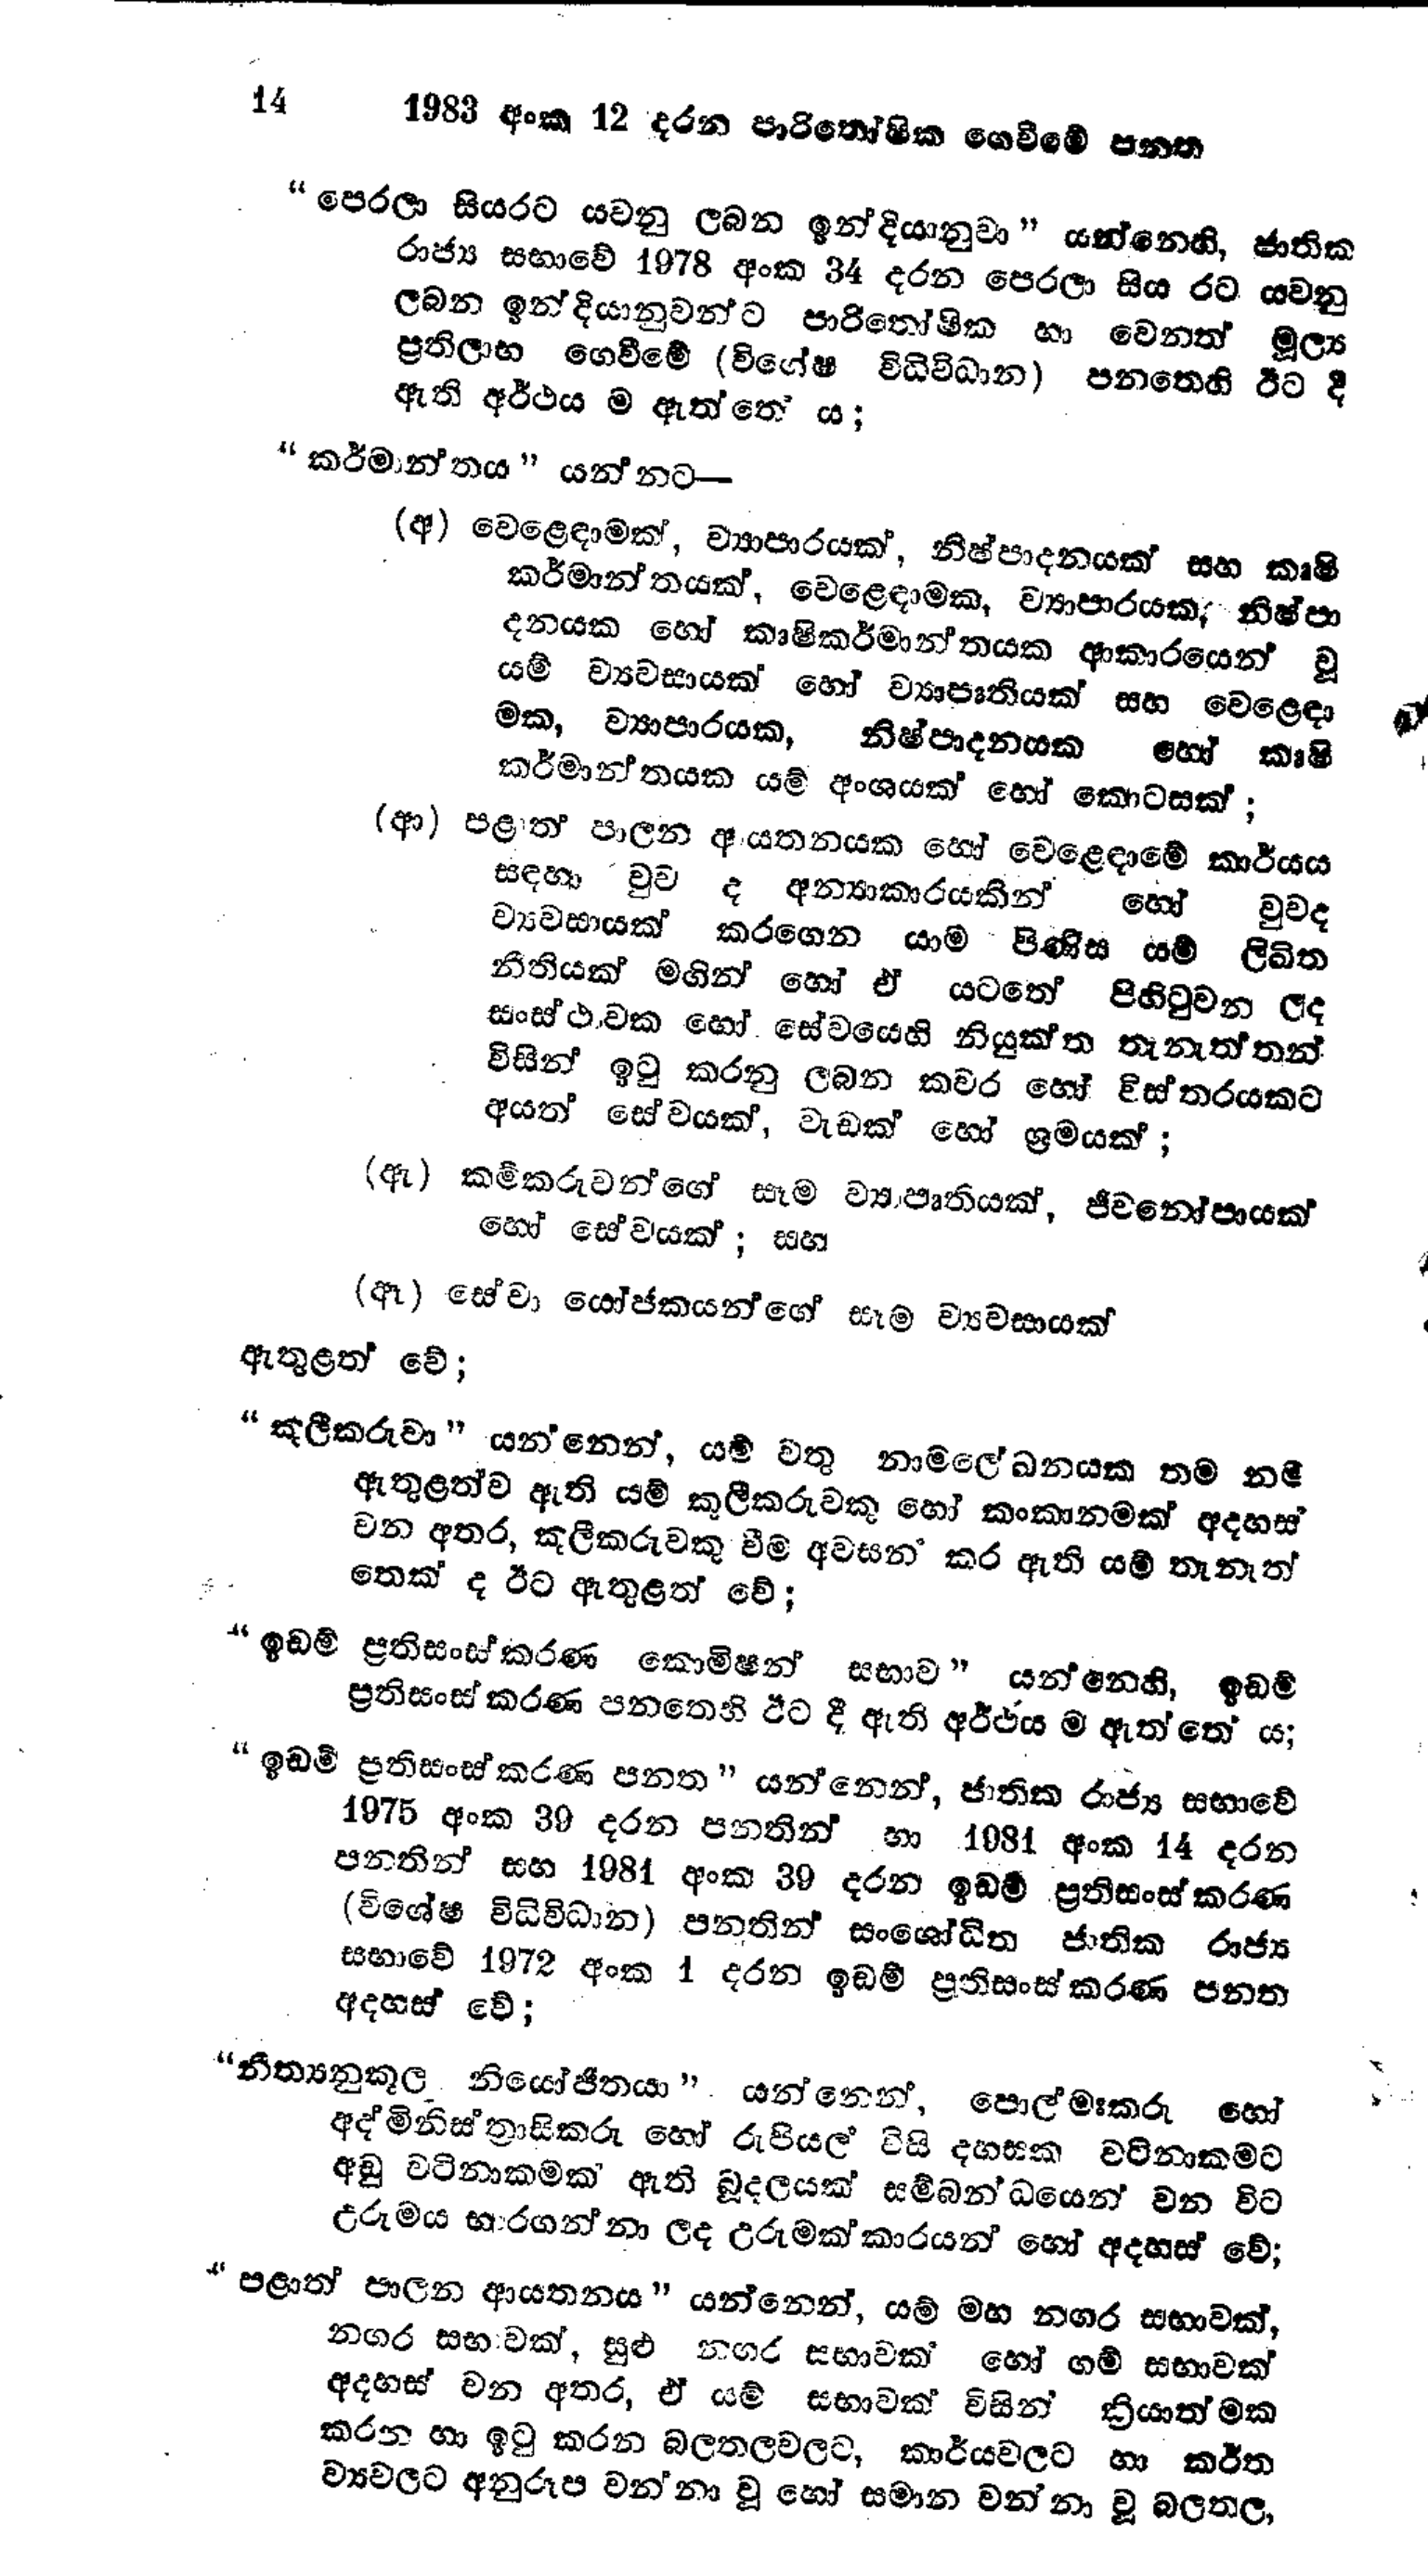
14 1983 අංක 12 දරන පාරිතෝෂික ගෙවීමේ පනත

"පෙරලා සියරට යවනු ලබන ඉන්දියානුවා" යන්නෙහි, ජාතික
රාජ්‍ය සභාවේ 1978 අංක 34 දරන පෙරලා සිය රට යවනු
ලබන ඉන්දියානුවන්ට පාරිතෝෂික හා වෙනත් මූල්‍ය
ප්‍රතිලාභ ගෙවීමේ (විශේෂ විධිවිධාන) පනතෙහි ඊට දී
ඇති අර්ථය ම ඇත්තේ ය;

"කර්මාන්තය" යන්නට-

(අ) වෙළෙඳාමක්, ව්‍යාපාරයක්, නිෂ්පාදනයක් සහ කෘෂි
කර්මාන්තයක්, වෙළෙඳාමක, ව්‍යාපාරයක, නිෂ්පා
දනයක හෝ කෘෂිකර්මාන්තයක ආකාරයෙන් වූ
යම් ව්‍යවසායක් හෝ ව්‍යාපෘතියක් සහ වෙළෙඳා
මක, ව්‍යාපාරයක, නිෂ්පාදනයක හෝ කෘෂි
කර්මාන්තයක යම් අංශයක් හෝ කොටසක් ;

(ආ) පළාත් පාලන ආයතනයක හෝ වෙළෙඳාමේ කාර්යය
සඳහා වුව ද අන්‍යාකාරයකින් හෝ වුවද
ව්‍යවසායක් කරගෙන යාම පිණිස යම් ලිඛිත
නීතියක් මගින් හෝ ඒ යටතේ පිහිටුවන ලද
සංස්ථාවක හෝ සේවයෙහි නියුක්ත තැනැත්තන්
විසින් ඉටු කරනු ලබන කවර හෝ විස්තරයකට
අයත් සේවයක්, වැඩක් හෝ ශ්‍රමයක් ;

(ඇ) කම්කරුවන්ගේ සෑම ව්‍යාපෘතියක්, ජීවනෝපායක්
හෝ සේවයක්; සහ

(ඈ) සේවා යෝජකයන්ගේ සෑම ව්‍යවසායක්
ඇතුළත් වේ;

"කුලීකරුවා " යන්නෙන්, යම් වතු නාමලේඛනයක තම නම
ඇතුළත්ව ඇති යම් කුලීකරුවකු හෝ කංකානමක් අදහස්
වන අතර, කුලීකරුවකු වීම අවසන් කර ඇති යම් තැනැත්
තෙක් ද ඊට ඇතුළත් වේ;

"ඉඩම් ප්‍රතිසංස්කරණ කොමිෂන් සභාව ” යන්නෙහි, ඉඩම්
ප්‍රතිසංස්කරණ පනතෙහි ඊට දී ඇති අර්ථය ම ඇත්තේ ය;

"ඉඩම් ප්‍රතිසංස්කරණ පනත " යන්නෙන්, ජාතික රාජ්‍ය සභාවේ
1975 අංක 39 දරන පනතින් හා 1981 අංක 14 දරන
පනතින් සහ 1981 අංක 39 දරන ඉඩම් ප්‍රතිසංස්කරණ
(විශේෂ විධිවිධාන) පනතින් සංශෝධිත ජාතික රාජ්‍ය
සභාවේ 1972 අංක 1 දරන ඉඩම් ප්‍රතිසංස්කරණ පනත
අදහස් වේ;

" නීත්‍යනුකූල නියෝජිතයා "යන්නෙන්, පොල්මඃකරු හෝ
අද් මිනිස්ත්‍රාසිකරු හෝ රුපියල් විසි දහසක වටිනාකමට
අඩු වටිනාකමක් ඇති බූදලයක් සම්බන්ධයෙන් වන විට
උරුමය භාරගන්නා ලද උරුමක්කාරයන් හෝ අදහස් වේ;

"පළාත් පාලන ආයතනය " යන්නෙන්, යම් මහ නගර සභාවක්,
නගර සභාවක්, සුළු නගර සභාවක හෝ ගම් සභාවක්
අදහස් වන අතර, ඒ යම් සභාවක් විසින් ක්‍රියාත්මක
කරන හා ඉටු කරන බලතලවලට, කාර්යවලට හා කර්ත
ව්‍යවලට අනුරූප වන්නා වූ හෝ සමාන වන්නා වූ බලතල,